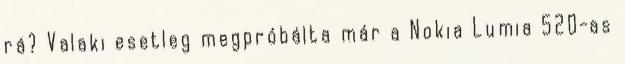
rá? Valaki esetleg megpróbálta már a Nokia Lumia 520-as